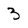
Character: 3